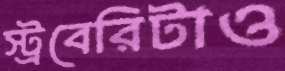
স্ট্রবেরিটাও